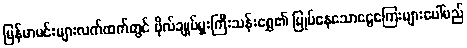
မြန်မာမင်းများလက်ထက်တွင် ဗိုလ်ချုပ်မှူးကြီးသန်းရွှေ၏ မြုပ်နေသောငွေကြေးများပေါ်မည်